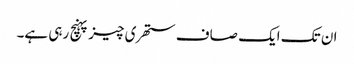
ان تک ایک صاف ستھری چیز پہنچ رہی ہے۔